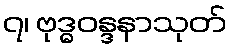
၇၊ ဗုဒ္ဓဝန္ဒနာသုတ်